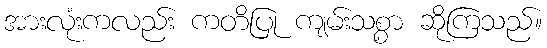
အားလုံးကလည်း ကတိပြု ကျမ်းသစ္စာ ဆိုကြသည်။